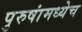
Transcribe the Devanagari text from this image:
पुरुषांमध्येच